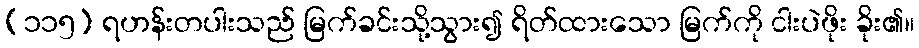
(၁၁၅) ရဟန်းတပါးသည် မြက်ခင်းသို့သွား၍ ရိတ်ထားသော မြက်ကို ငါးပဲဖိုး ခိုး၏။